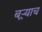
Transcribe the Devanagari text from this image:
बऱ्र्‍याच